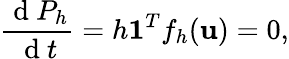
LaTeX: \frac{\mathrm{~d~}P_{h}}{\mathrm{~d~}t}=h\mathbf{1}^{T}f_{h}(\mathbf{u})=0,